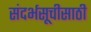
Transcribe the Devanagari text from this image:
संदर्भसूचीसाठी